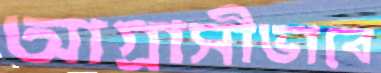
আগ্রাসীভাবে